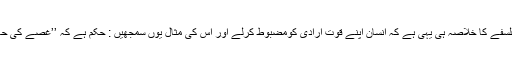
دین اسلام کے سارے فلسفے کا خلاصہ ہی یہی ہے کہ انسان اپنے قوتِ ارادی کومضبوط کرلے اور اس کی مثال یوں سمجھیں : حکم ہے کہ ’’غصے کی حالت میں فیصلہ نہ کرو۔